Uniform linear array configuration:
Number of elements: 4
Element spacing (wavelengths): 1
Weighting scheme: hamming
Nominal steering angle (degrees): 0
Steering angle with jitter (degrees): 1.189
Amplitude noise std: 0.05
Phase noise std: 0.05

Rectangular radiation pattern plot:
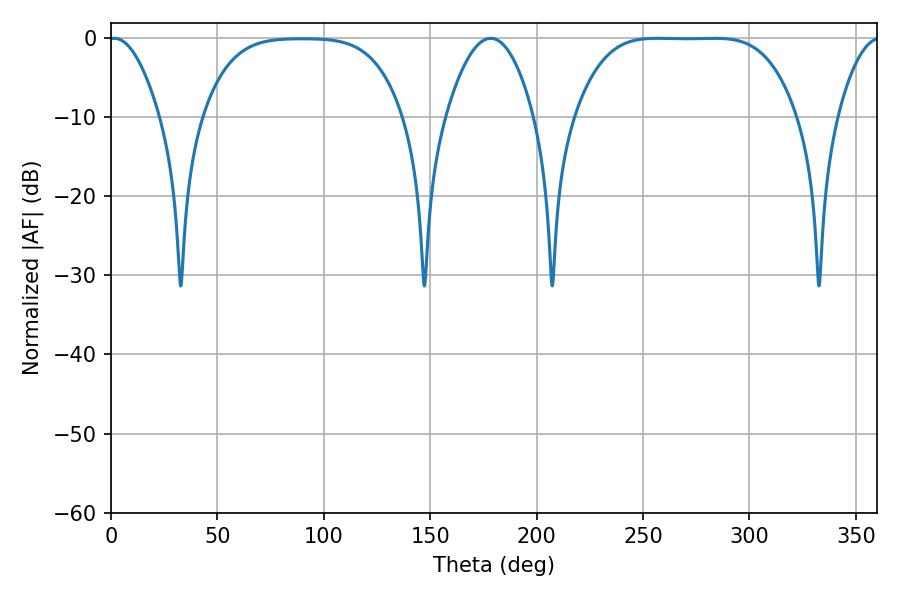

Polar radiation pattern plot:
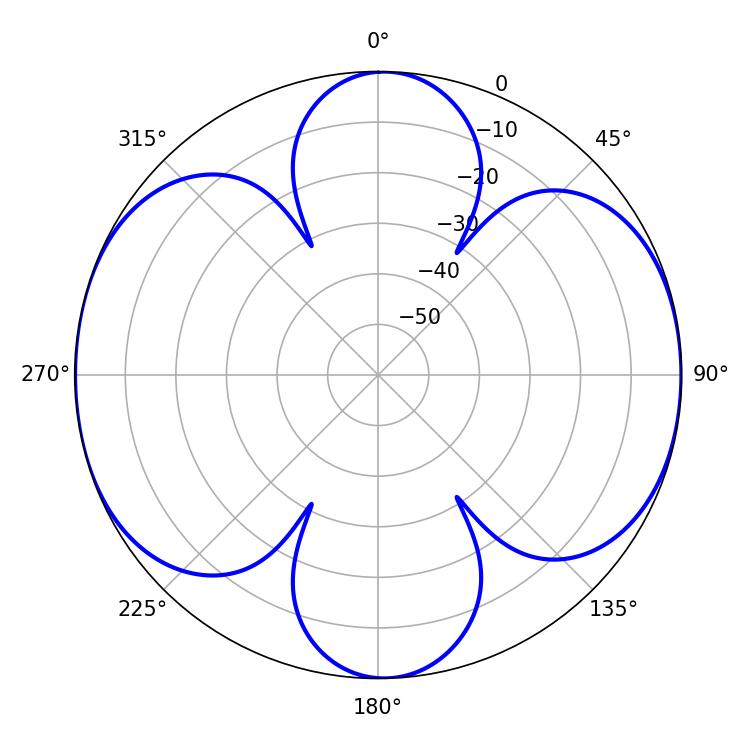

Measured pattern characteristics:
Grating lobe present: TRUE
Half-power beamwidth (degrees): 78.84
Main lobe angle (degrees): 256.5